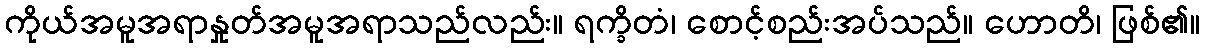
ကိုယ်အမူအရာနှုတ်အမူအရာသည်လည်း။ ရက္ခိတံ၊ စောင့်စည်းအပ်သည်။ ဟောတိ၊ ဖြစ်၏။